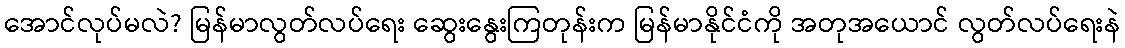
အောင်လုပ်မလဲ? မြန်မာလွတ်လပ်ရေး ဆွေးနွေးကြတုန်းက မြန်မာနိုင်ငံကို အတုအယောင် လွတ်လပ်ရေးနဲ